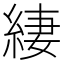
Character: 緀